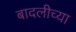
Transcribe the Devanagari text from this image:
बादलीच्या